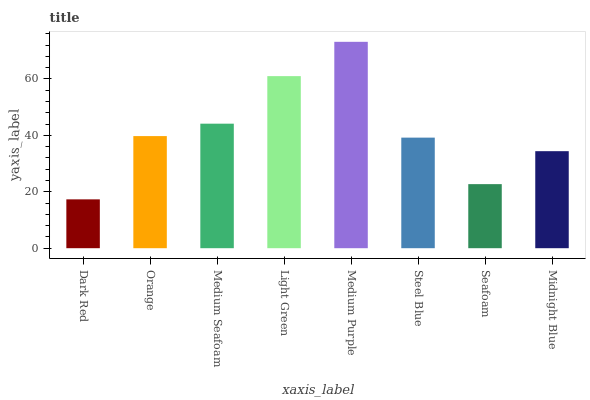
| xaxis_label | bars |
 | --- | --- |
 | Dark Red | 17.3 |
 | Orange | 39.8 |
 | Medium Seafoam | 44.2 |
 | Light Green | 61 |
 | Medium Purple | 73.2 |
 | Steel Blue | 39.2 |
 | Seafoam | 22.7 |
 | Midnight Blue | 34.4 |